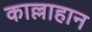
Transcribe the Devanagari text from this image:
काल्लाहान